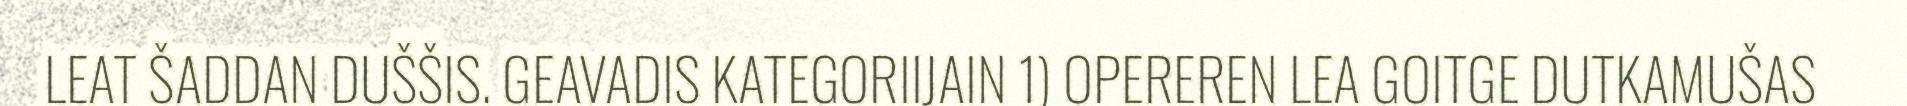
LEAT ŠADDAN DUŠŠIS. GEAVADIS KATEGORIIJAIN 1) OPEREREN LEA GOITGE DUTKAMUŠAS